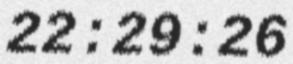
22:29:26